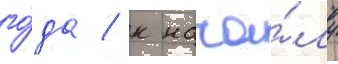
го́да / к нача́лу